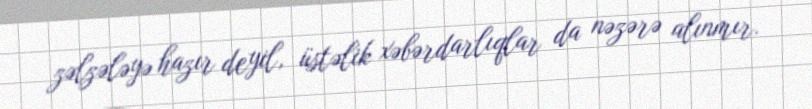
zəlzələyə hazır deyil, üstəlik xəbərdarlıqlar da nəzərə alınmır.